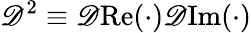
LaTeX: \mathscr{D}^{2}\equiv\mathscr{D}\mathrm{Re}(\cdot)\mathscr{D}\mathrm{Im}(\cdot)